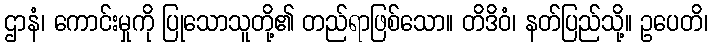
ဌာနံ၊ ကောင်းမှုကို ပြုသောသူတို့၏ တည်ရာဖြစ်သော။ တိဒိဝံ၊ နတ်ပြည်သို့။ ဥပေတိ၊